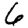
Digit: 6